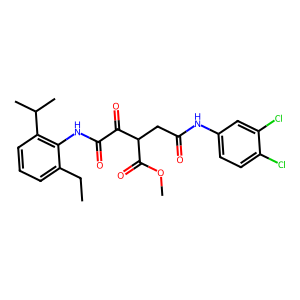
SMILES: CCc1cccc(C(C)C)c1NC(=O)C(=O)C(CC(=O)Nc1ccc(Cl)c(Cl)c1)C(=O)OC
Inhibits HIV replication: No